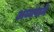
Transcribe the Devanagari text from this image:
अय्यपाने